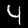
Label: 4